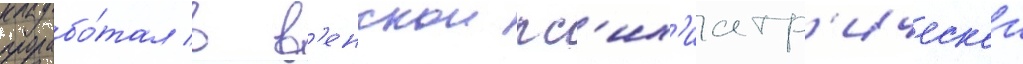
прорабо́тал в в'енскои пс'их'иатр'ическои